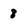
Character: 8